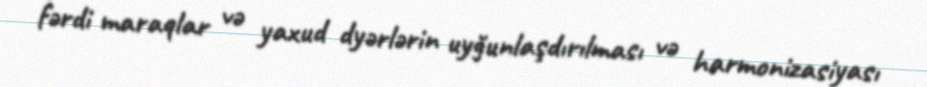
fərdi maraqlar və yaxud dyərlərin uyğunlaşdırılması və harmonizasiyası